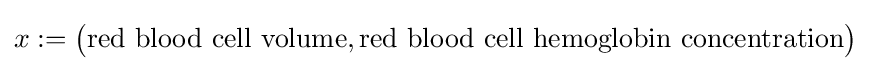
x:={\big (}{\text{red blood cell volume}},{\text{red blood cell hemoglobin concentration}}{\big )}